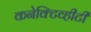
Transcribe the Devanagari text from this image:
कनेक्टिव्हीटी